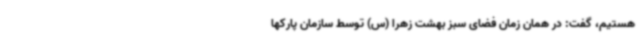
هستیم، گفت: در همان زمان فضای سبز بهشت زهرا (س) توسط سازمان پارکها